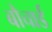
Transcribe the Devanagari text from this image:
बौचार्ड